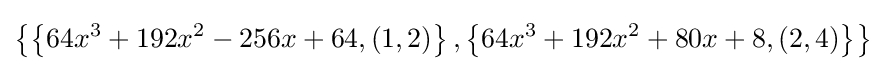
\left\{\left\{64x^{3}+192x^{2}-256x+64,(1,2)\right\},\left\{64x^{3}+192x^{2}+80x+8,(2,4)\right\}\right\}